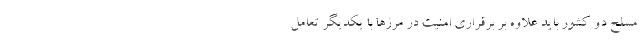
مسلح دو کشور باید علاوه بر برقراری امنیت در مرزها با یکدیگر تعامل